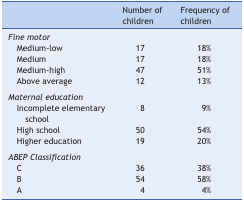
<table><thead><tr><td><b> </b></td><td><b>Number of children</b></td><td><b>Frequency of children</b></td></tr></thead><tbody><tr><td><i>Fine motor</i></td><td> </td><td> </td></tr><tr><td>Medium-low</td><td>17</td><td>18%</td></tr><tr><td>Medium</td><td>17</td><td>18%</td></tr><tr><td>Medium-high</td><td>47</td><td>51%</td></tr><tr><td>Above average</td><td>12</td><td>13%</td></tr><tr><td colspan="3"> </td></tr><tr><td><i>Maternal education</i></td><td> </td><td> </td></tr><tr><td>Incomplete elementary school</td><td>8</td><td>9%</td></tr><tr><td>High school</td><td>50</td><td>54%</td></tr><tr><td>Higher education</td><td>19</td><td>20%</td></tr><tr><td colspan="3"> </td></tr><tr><td><i>ABEP Classification</i></td><td> </td><td> </td></tr><tr><td>C</td><td>36</td><td>38%</td></tr><tr><td>B</td><td>54</td><td>58%</td></tr><tr><td>A</td><td>4</td><td>4%</td></tr></tbody></table>